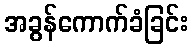
အခွန်ကောက်ခံခြင်း